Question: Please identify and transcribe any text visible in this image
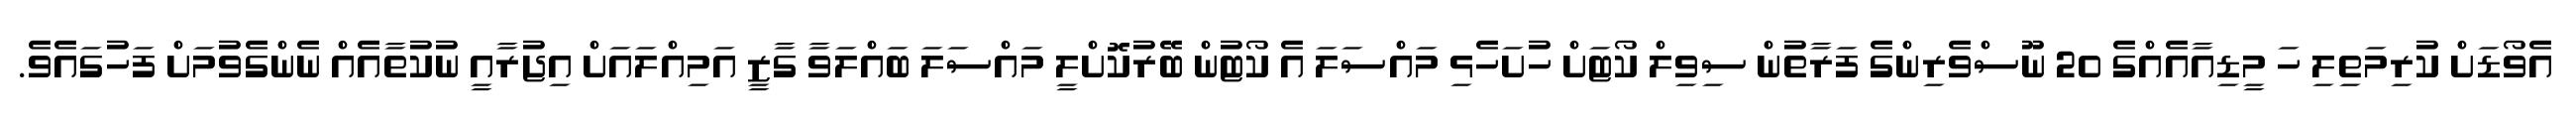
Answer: އެވޯޑަށް ކުރިމަތިލި ހަ މީޑިއާއެއްގެ 20 ނޫސްވެރިންގެ ފަރާތުން ސިވިލް ކޯޓަށް ހުށަހެޅި މައްސަލަ އެ ކޯޓުން ބޭރުކޮށްލީ މައްސަލަ ބައްލަވާ ގާޒީ އަމިއްލައަށް އިޖުރާއީ ނުކުތާއެއް ނެންގެވުމަށް ފަހުގައެވެ.